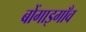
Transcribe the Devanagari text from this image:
बोंगाइगाँव